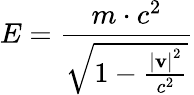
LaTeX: E={\frac{m\cdot c^{2}}{\sqrt{1-{\frac{\left|\mathbf{v}\right|^{2}}{c^{2}}}}}}